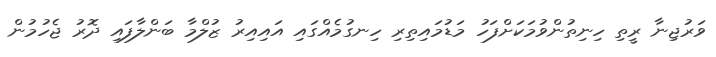
ވަރުޖިނާ ރީތި ހިނިތުންވުމަކަށްފަހު މަޑުމައިތިރި ހިނގުމެއްގައި އައިއިރު ޒުލްމާ ބަންލާފައި ދޮރު ޖެހުމުން